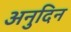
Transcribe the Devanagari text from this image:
अनुदिन